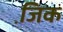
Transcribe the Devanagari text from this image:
जि़क